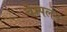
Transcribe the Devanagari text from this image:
चैम्पलेन